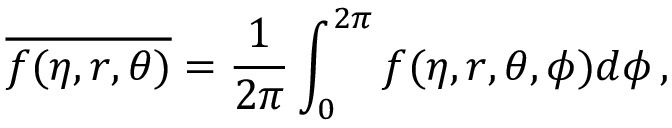
\overline { { f ( \eta , r , \theta ) } } = \frac { 1 } { 2 \pi } \int _ { 0 } ^ { 2 \pi } f ( \eta , r , \theta , \phi ) d \phi \, ,